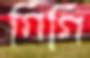
গিগি